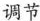
调节